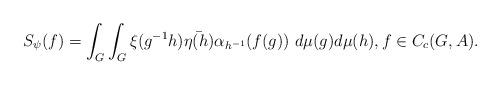
LaTeX: \begin{align*}S_\psi(f)=\int_G\int_G\xi(g^{-1}h)\bar{\eta(h)}\alpha_{h^{-1}}(f(g)) \ d\mu(g)d\mu(h),f\in C_c(G,A).\end{align*}